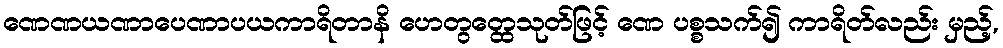
ဏေဏယဏာပေဏာပယကာရိတာနိ ဟေတွတ္ထေသုတ်ဖြင့် ဏေ ပစ္စသက်၍ ကာရိတ်လည်း မှည့်,